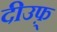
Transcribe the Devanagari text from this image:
दीउफ़्